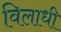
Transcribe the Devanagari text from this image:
विलाधी